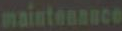
maintenance